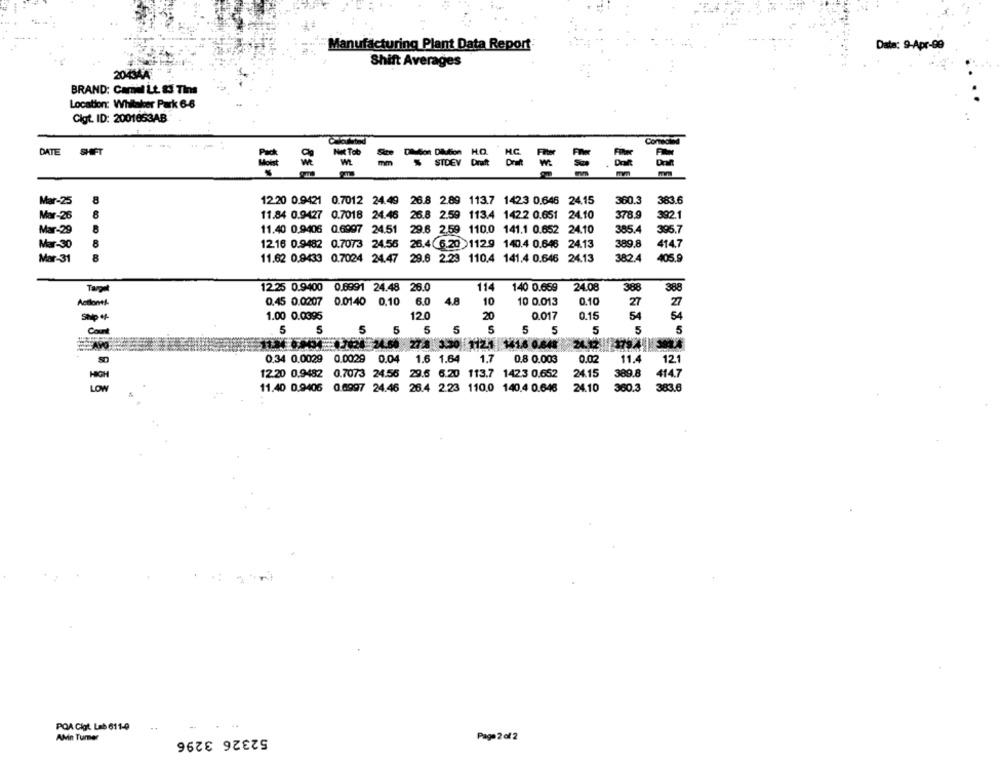
Data: 9-Apr-99
Manufacturing Plant Data Report
Shift Averages
20434A
BRAND: Cariul Lt. &3 Tins
Location: Whitaker Park 6-6
Cigt. ID: 2001653AB
DATE
SHIFT
STOEV DOU DOU WE
383.6
Mar-25
12.20 0.9421 0.7012 24.49 26.8 2.89 113.7 1423 0.646 24.15
360.3
8
Mar-26
11.84 0.9427 0.7018 24.46
26.8 2.59 113.4 142.2 0.651 24.10
378.9
392.1
11.40 0.9406 0.6997 24.51
29.6 2.59 110.0 141.1 0.652 24.10
Mar-29
8
385.4
395.7
Mar-30
12.16 0.9482 0.7073 24.56 26.4 6.20 1129 140.4 0.646 24.13
389.8
414.7
Mar-31
8
11.62 0.9433 0.7024 24.47 29.6 2.23 110.4 141.4 0.646 24.13
382.4
405.9
12.25 0.9400 0.6991 24.48 26.0
114
140 0.659
24.08
388
388
Antontj.
0.45 0.0207
0.0140 0.10
6.0
4.8
10
10 0.013
0.10
27
27
-
1.00 0.0395
120
20
0.017
0.15
54
54
5
5
5
Com
5
5
5
5
5
5
5
5
226-24.60 27.8 3.30 112.1 141.6 0.848
112
0.34 0.0029 0.0029 0.04
1.6 1.64
1.7
0.8 0.003
0.02
11.4
121
12.20 0.9482 0.7073 24.56 29.6 6.20 113.7 1423 0.652
24.15
389.8
414.7
11.40 0.9406 0.6997 24.46 26.4 2.23 110.0 140.4 0.646
24.10
360.3
383.6
POA Cigt. Lab 611-0
AMn Turer
52326 3296
Page 2 of 2